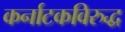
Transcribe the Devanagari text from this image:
कर्नाटकविरुद्ध